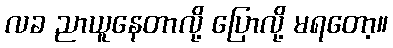
လခ ညာယူနေတာလို့ ပြောလို့ မရတော့။